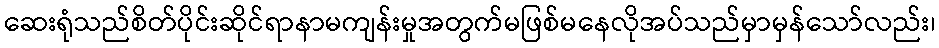
ဆေးရုံသည်စိတ်ပိုင်းဆိုင်ရာနာမကျန်းမှုအတွက်မဖြစ်မနေလိုအပ်သည်မှာမှန်သော်လည်း၊